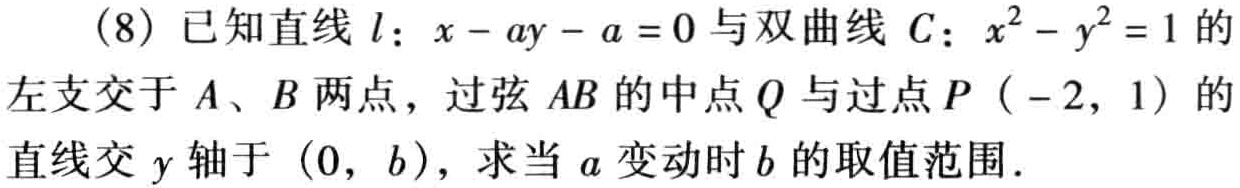
(8) 已知直线 \(l:x - ay - a = 0\) 与双曲线 \(C:x^{2}-y^{2}=1\) 的左支交于 \(A、B\) 两点，过弦 \(AB\) 的中点 \(Q\) 与过点 \(P(-2,1)\) 的直线交 \(y\) 轴于 \((0,b)\)，求当 \(a\) 变动时 \(b\) 的取值范围.